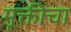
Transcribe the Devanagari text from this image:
मूक्तीचा